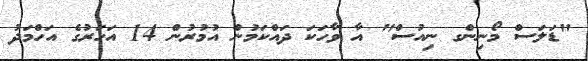
"ޑަލަސް މޯނިންގ ނިއުސް" އާ ވާހަކަ ދައްކަމުން އުމުރުން 14 އަހަރުގެ އަހްމަދު